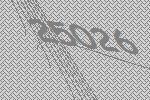
25026